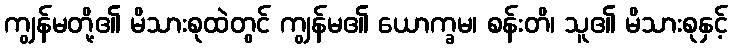
ကျွန်မတို့၏ မိသားစုထဲတွင် ကျွန်မ၏ ယောက္ခမ၊ စန်းတိ၊ သူ၏ မိသားစုနှင့်